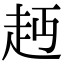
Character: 䞛